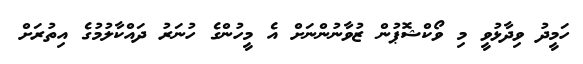
ހަމީދު ވިދާޅުވީ މި ވޯކްޝޮޕުން ޒުވާނުންނަށް އެ މީހުންގެ ހުނަރު ދައްކާލުމުގެ އިތުރަށް